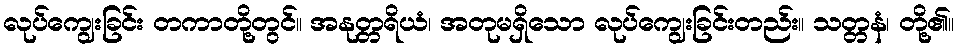
လုပ်ကျွေးခြင်း တကာတို့တွင်။ အနုတ္တရိယံ၊ အတုမရှိသော လုပ်ကျွေးခြင်းတည်း။ သတ္တနံ၊ တို့၏။